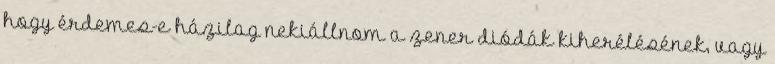
hogy érdemes-e házilag nekiállnom a zener diódák kiherélésének, vagy